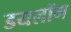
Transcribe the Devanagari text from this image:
डयलॉग